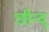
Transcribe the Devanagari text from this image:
छीन्द्